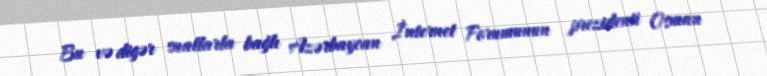
Bu və digər suallarla bağlı Azərbaycan İnternet Forumunun prezidenti Osman